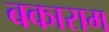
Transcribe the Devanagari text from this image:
बकाराम